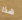
هذا